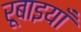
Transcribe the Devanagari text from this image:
रूबाइयाँ